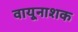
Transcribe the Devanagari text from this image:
वायूनाशक